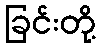
ခြင်းတို့